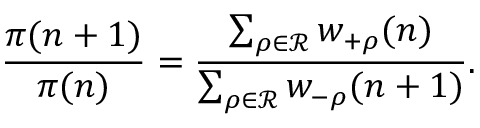
\frac { \pi ( n + 1 ) } { \pi ( n ) } = \frac { \sum _ { \rho \in { \mathcal R } } w _ { + \rho } ( n ) } { \sum _ { \rho \in { \mathcal R } } w _ { - \rho } ( n + 1 ) } .